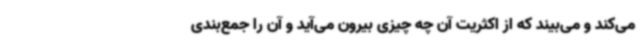
می‌کند و می‌بیند که از اکثریت آن چه چیزی بیرون می‌آید و آن را جمع‌بندی